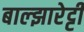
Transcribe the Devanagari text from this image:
बाल्झारेट्टी